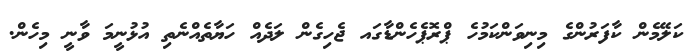
ކަލޭމެން ކާފަރުންގެ މިނިވަންކަމުހެ ޕްރޮޕެހެންޑާގައ ޖެހިގެން ލަދެއް ހަޔާތެއްނެތި އުޅުނީމަ ވާނީ މިހެން.